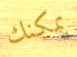
يمكنك